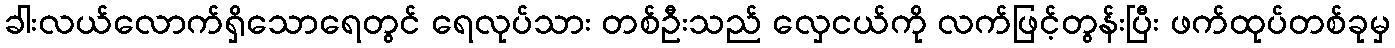
ခါးလယ်လောက်ရှိသောရေတွင် ရေလုပ်သား တစ်ဦးသည် လှေငယ်ကို လက်ဖြင့်တွန်းပြီး ဖက်ထုပ်တစ်ခုမှ